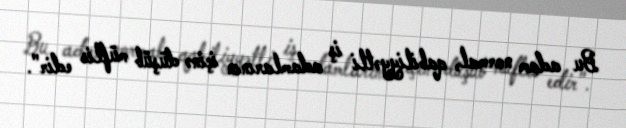
Bu adam normal, qabiliyyətli iş adamlarının içinə düşüb müflis edir".